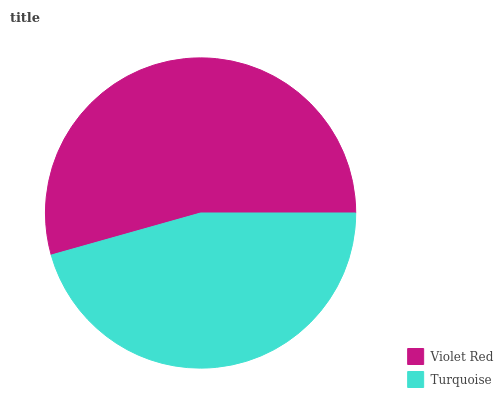
| Violet Red | Turquoise |
 | --- | --- |
 | 54.4% | 45.6% |